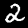
Digit: 2